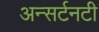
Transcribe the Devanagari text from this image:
अन्सर्टनटी